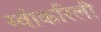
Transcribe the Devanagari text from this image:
स्वीकरिली